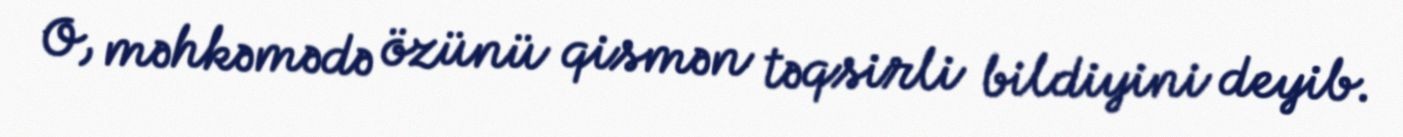
O, məhkəmədə özünü qismən təqsirli bildiyini deyib.